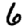
Digit: 6